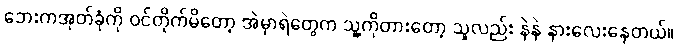
ဘေးကအုတ်ခုံကို ဝင်တိုက်မိတော့ အဲမှာရဲတွေက သူ့ကိုတားတော့ သူလည်း နဲနဲ နားလေးနေတယ်။